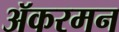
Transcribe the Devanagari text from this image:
ॲकरमन